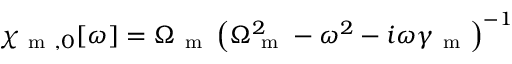
\chi _ { \mathrm { ~ m ~ } , 0 } [ \omega ] = \Omega _ { \mathrm { ~ m ~ } } \left( \Omega _ { \mathrm { ~ m ~ } } ^ { 2 } - \omega ^ { 2 } - i \omega \gamma _ { \mathrm { ~ m ~ } } \right) ^ { - 1 }